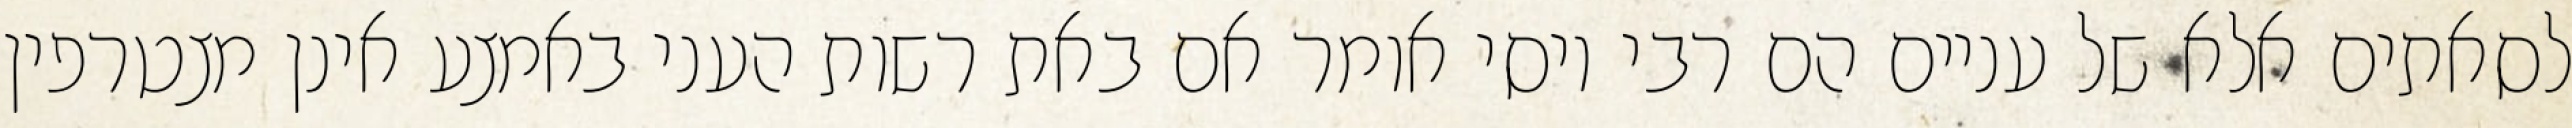
לסאתים אלא של עניים הם רבי יוסי אומר אם באת רשות העני באמצע אינן מצטרפין